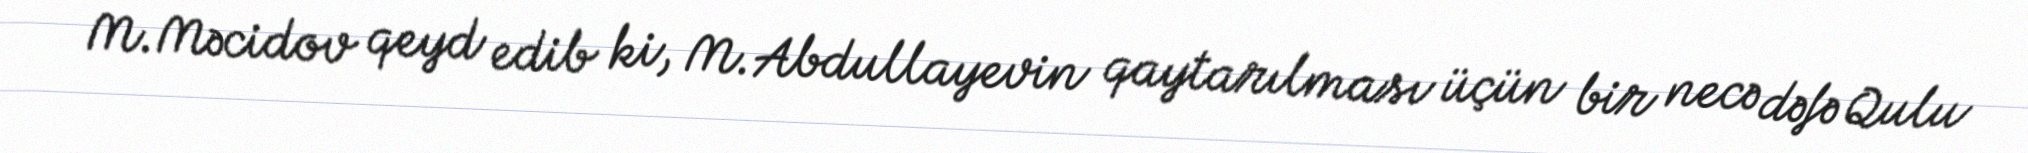
M.Məcidov qeyd edib ki, M.Abdullayevin qaytarılması üçün bir necə dəfə Qulu